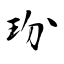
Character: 玢